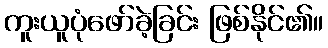
ကူးယူပုံဖော်ခဲ့ခြင်း ဖြစ်နိုင်၏။